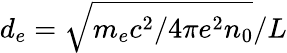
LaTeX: d_{e}=\sqrt{m_{e}c^{2}/{4\pi e^{2}n_{0}}}/L